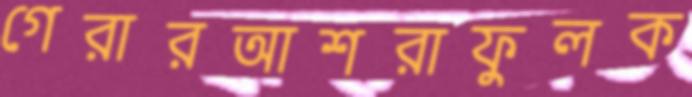
গেরারআশরাফুলক